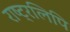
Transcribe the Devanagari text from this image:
राष्ट्रलिपि